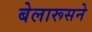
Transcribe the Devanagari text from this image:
बेलारूसने